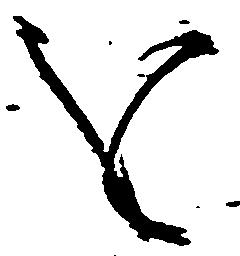
を